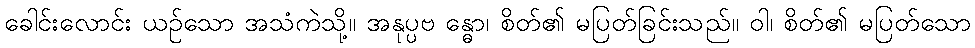
ခေါင်းလောင်း ယဉ်သော အသံကဲသို့။ အနုပ္ပဗ န္ဓော၊ စိတ်၏ မပြတ်ခြင်းသည်။ ဝါ၊ စိတ်၏ မပြတ်သော